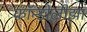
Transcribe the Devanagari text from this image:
कॉन्डोलीझा